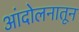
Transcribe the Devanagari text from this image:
आंदोलनातून